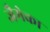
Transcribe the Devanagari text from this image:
जैमेका